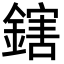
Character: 鎋